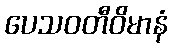
ပေသဝတီဝိမာနံ